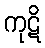
ကုဋိ